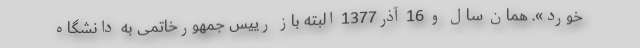
خورد». همان سال و 16 آذر1377 البته باز رییس جمهورخاتمی به دانشگاه